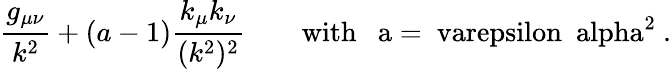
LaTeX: {\frac{g_{\mu\nu}}{k^{2}}}+(a-1){\frac{k_{\mu}k_{\nu}}{(k^{2})^{2}}}\quad\quad\mathrm{with~~~a=\ varepsilon~\ alpha^{2}~.}